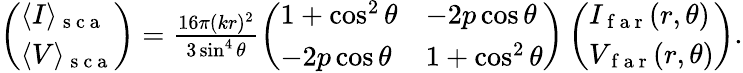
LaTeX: \begin{array}{r}{\left(\begin{array}{l}{\langle I\rangle_{\mathrm{~s~c~a~}}}\\ {\langle V\rangle_{\mathrm{~s~c~a~}}}\end{array}\right)=\frac{16\pi(kr)^{2}}{3\sin^{4}\theta}\left(\begin{array}{ll}{1+\cos^{2}\theta}&{-2p\cos\theta}\\ {-2p\cos\theta}&{1+\cos^{2}\theta}\end{array}\right)\left(\begin{array}{l}{I_{\mathrm{~f~a~r~}}(r,\theta)}\\ {V_{\mathrm{~f~a~r~}}(r,\theta)}\end{array}\right).}\end{array}